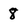
Character: 8